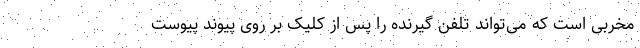
مخربی است که می‌تواند تلفن گیرنده را پس از کلیک بر روی پیوند پیوست